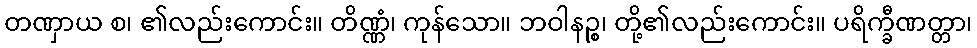
တဏှာယ စ၊ ၏လည်းကောင်း။ တိဏ္ဏံ၊ ကုန်သော။ ဘဝါနဉ္စ၊ တို့၏လည်းကောင်း။ ပရိက္ခီဏတ္တာ၊